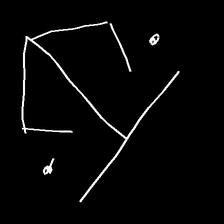
Glyph: earth